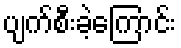
ပျက်စီးခဲ့ကြောင်း